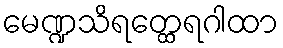
မေဏ္ဍသိရတ္ထေရဂါထာ